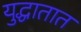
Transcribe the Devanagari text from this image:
युद्धातात